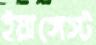
ইয়াঙ্গেস্ট